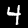
Digit: 4